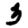
Digit: 3